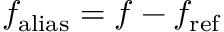
f _ { \mathrm { a l i a s } } = f - f _ { \mathrm { r e f } }